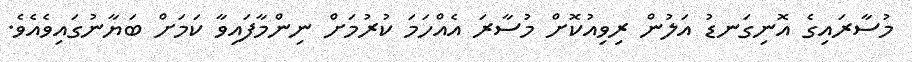
މުސާރައިގެ އޮނިގަނޑު އަލުން ރިވިއުކޮށް މުސާރަ އެއްހަމަ ކުރުމަށް ނިންމާފައިވާ ކަމަށް ބަޔާނުގައިވެއެވެ.